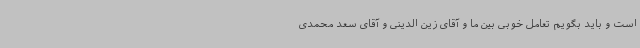
است و باید بگویم تعامل خوبی بین ما و آقای زین الدینی و آقای سعد محمدی